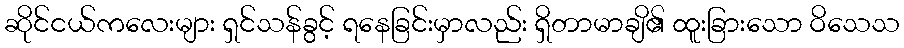
ဆိုင်ငယ်ကလေးများ ရှင်သန်ခွင့် ရနေခြင်းမှာလည်း ရှိတာမာချိ၏ ထူးခြားသော ဝိသေသ